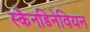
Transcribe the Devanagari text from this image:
स्कैनडिनेवियन